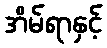
အိမ်ရာနှင့်